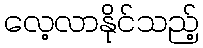
လေ့လာနိုင်သည့်